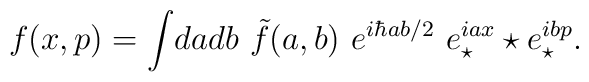
f(x,p)= \int\! da db ~\tilde{f}(a,b) ~e^{i\hbar ab/ 2} ~e_{\star} ^{iax}\star  e_{\star} ^{ibp}.